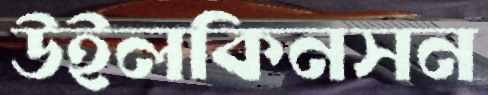
উইলকিনসন